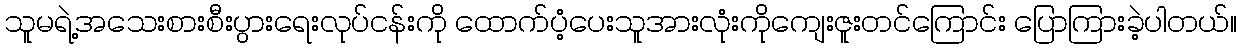
သူမရဲ့အသေးစားစီးပွားရေးလုပ်ငန်းကို ထောက်ပံ့ပေးသူအားလုံးကိုကျေးဇူးတင်ကြောင်း ပြောကြားခဲ့ပါတယ်။